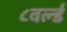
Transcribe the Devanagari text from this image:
८वर्ल्ड